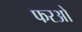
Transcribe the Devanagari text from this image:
फरओ